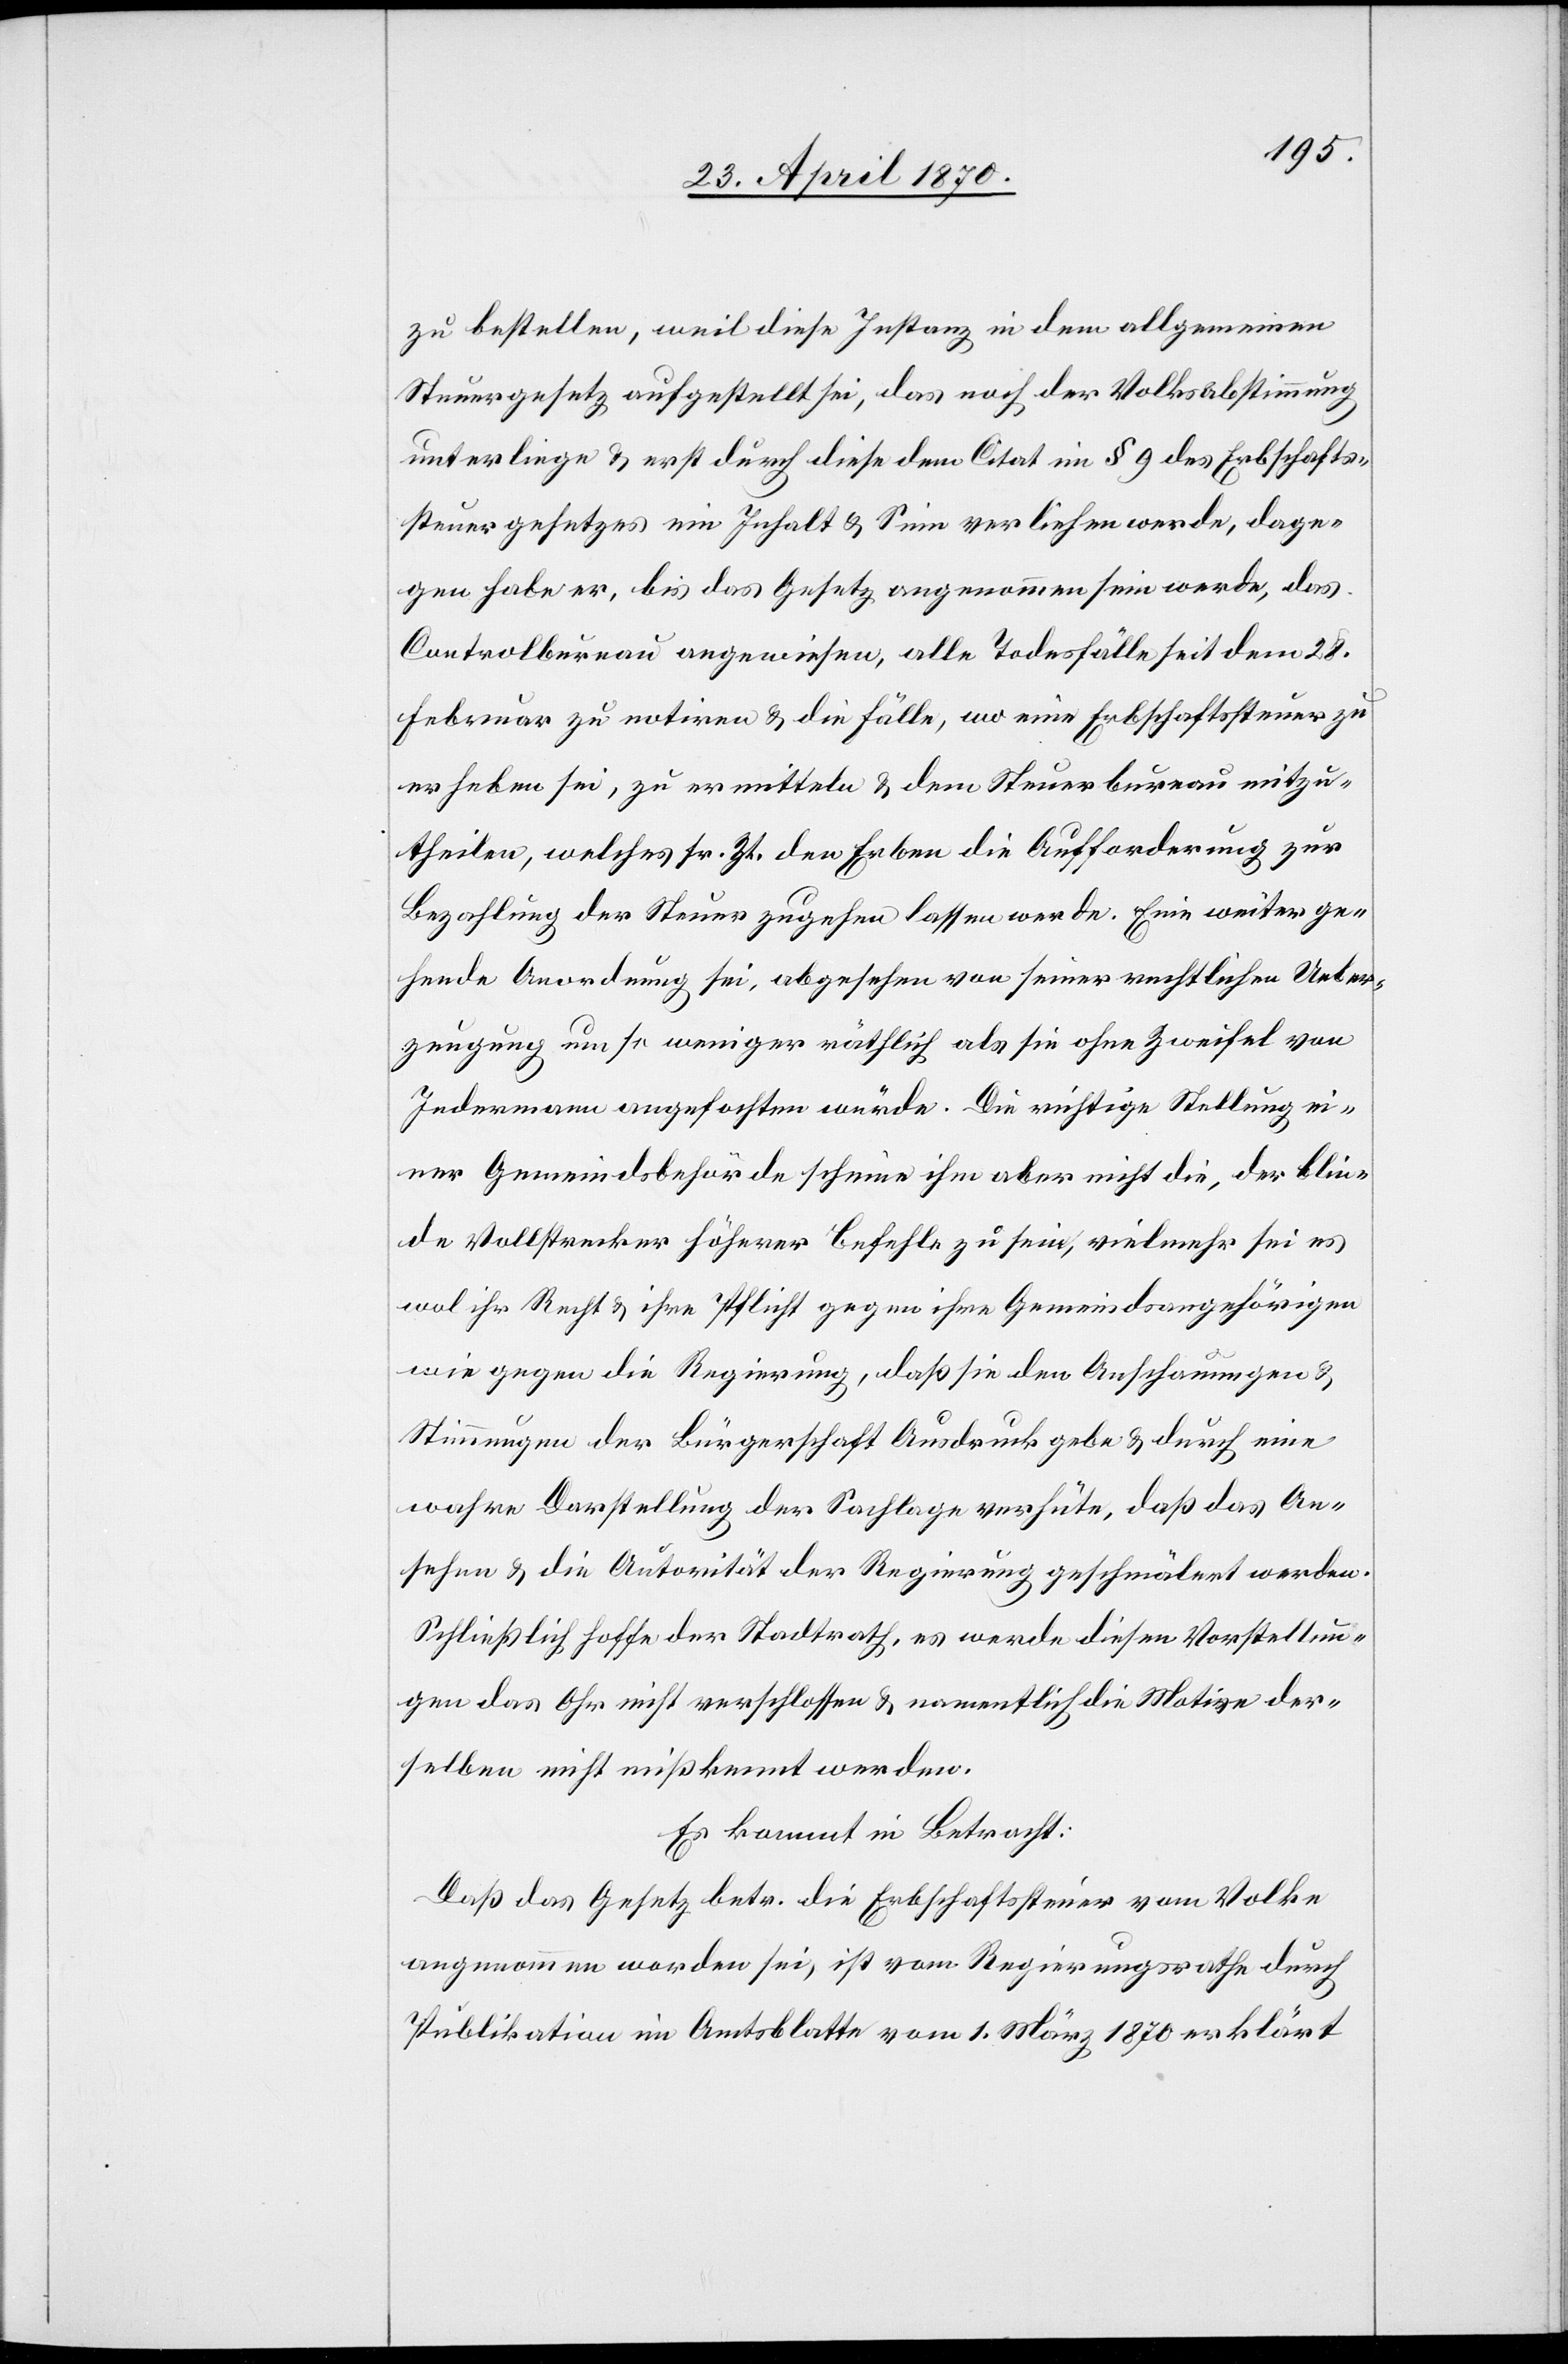
zu bestellen, weil diese Instanz in dem allgemeinen
Steuergesetz aufgestellt sei, das noch der Volksabstimmung
unterliege & erst durch diese dem Citat im § 9 des Erbschafts¬
steuergesetzes ein Inhalt & Sinn verliehen werde, dage¬
gen habe er, bis das Gesetz angenommen sein werde, das
Controlbureau angewiesen, alle Todesfälle seit dem 28.
Februar zu notiren & die Fälle, wo eine Erbschaftssteuer zu
erheben sei, zu ermitteln & dem Steuerbureau mitzu¬
theilen, welches sr. Zt. den Erben die Aufforderung zur
Bezahlung der Steuer zugehen lassen werde. Eine weiterge¬
hende Anordnung sei, abgesehen von seiner rechtlichen Ueber¬
zeugung um so weniger rätlich als sie ohne Zweifel von
Jedermann angefochten würde. Die richtige Stellung ei¬
ner Gemeindesbehörde scheine ihm aber nicht die, der blin¬
de Vollstrecker höherer Befehle zu sein, vielmehr sei es
wol ihr Recht & ihre Pflicht gegen ihre Gemeindsangehörigen
wie gegen die Regierung, daß sie den Anschauungen &
Stimmungen der Bürgerschaft Ausdruck gebe & durch eine
wahre Darstellung der Sachlage verhüte, daß das An¬
sehen & die Autorität der Regierung geschmälert werden.
Schließlich hoffe der Stadtrath, es werde diesen Vorstellun¬
gen das Ohr nicht verschlossen & namentlich die Motive der¬
selben nicht mißkennt werden.
Es kommt in Betracht:
Daß das Gesetz betr. die Erbschaftssteuer vom Volke
angenommen worden sei, ist vom Regierungsrathe durch
Publikation im Amtsblatte vom 1. März 1870 erklärt